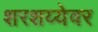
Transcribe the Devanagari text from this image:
शरशय्येवर